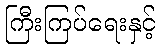
ကြီးကြပ်ရေးနှင့်